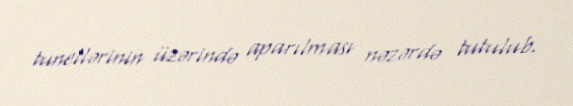
tunellərinin üzərində aparılması nəzərdə tutulub.